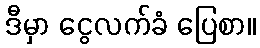
ဒီမှာ ငွေလက်ခံ ပြေစာ။